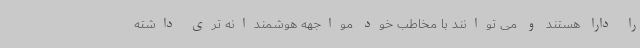
را دارا هستند و می توانند با مخاطب خود مواجهه هوشمندانه تری داشته